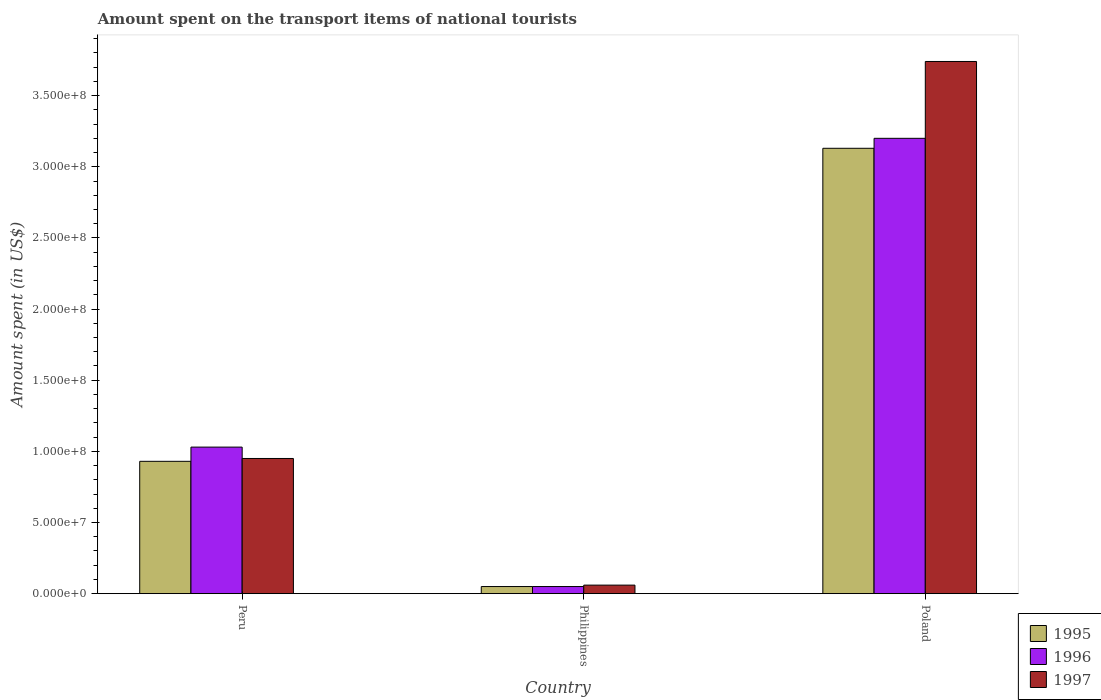
| Country | 1995 | 1996 | 1997 |
 | --- | --- | --- | --- |
 | Peru | 9.3e+07 | 1.03e+08 | 9.5e+07 |
 | Philippines | 5e+06 | 5e+06 | 6e+06 |
 | Poland | 3.13e+08 | 3.2e+08 | 3.74e+08 |